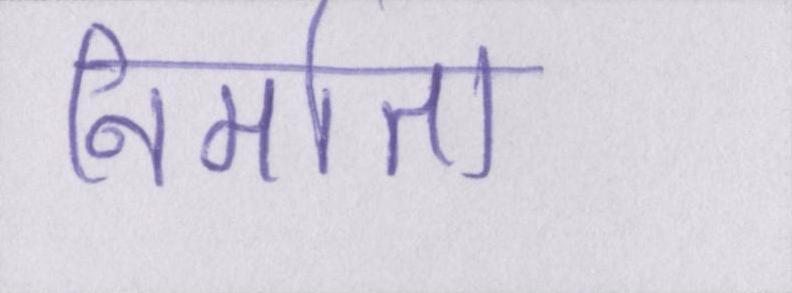
निर्माता